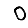
Digit: 0